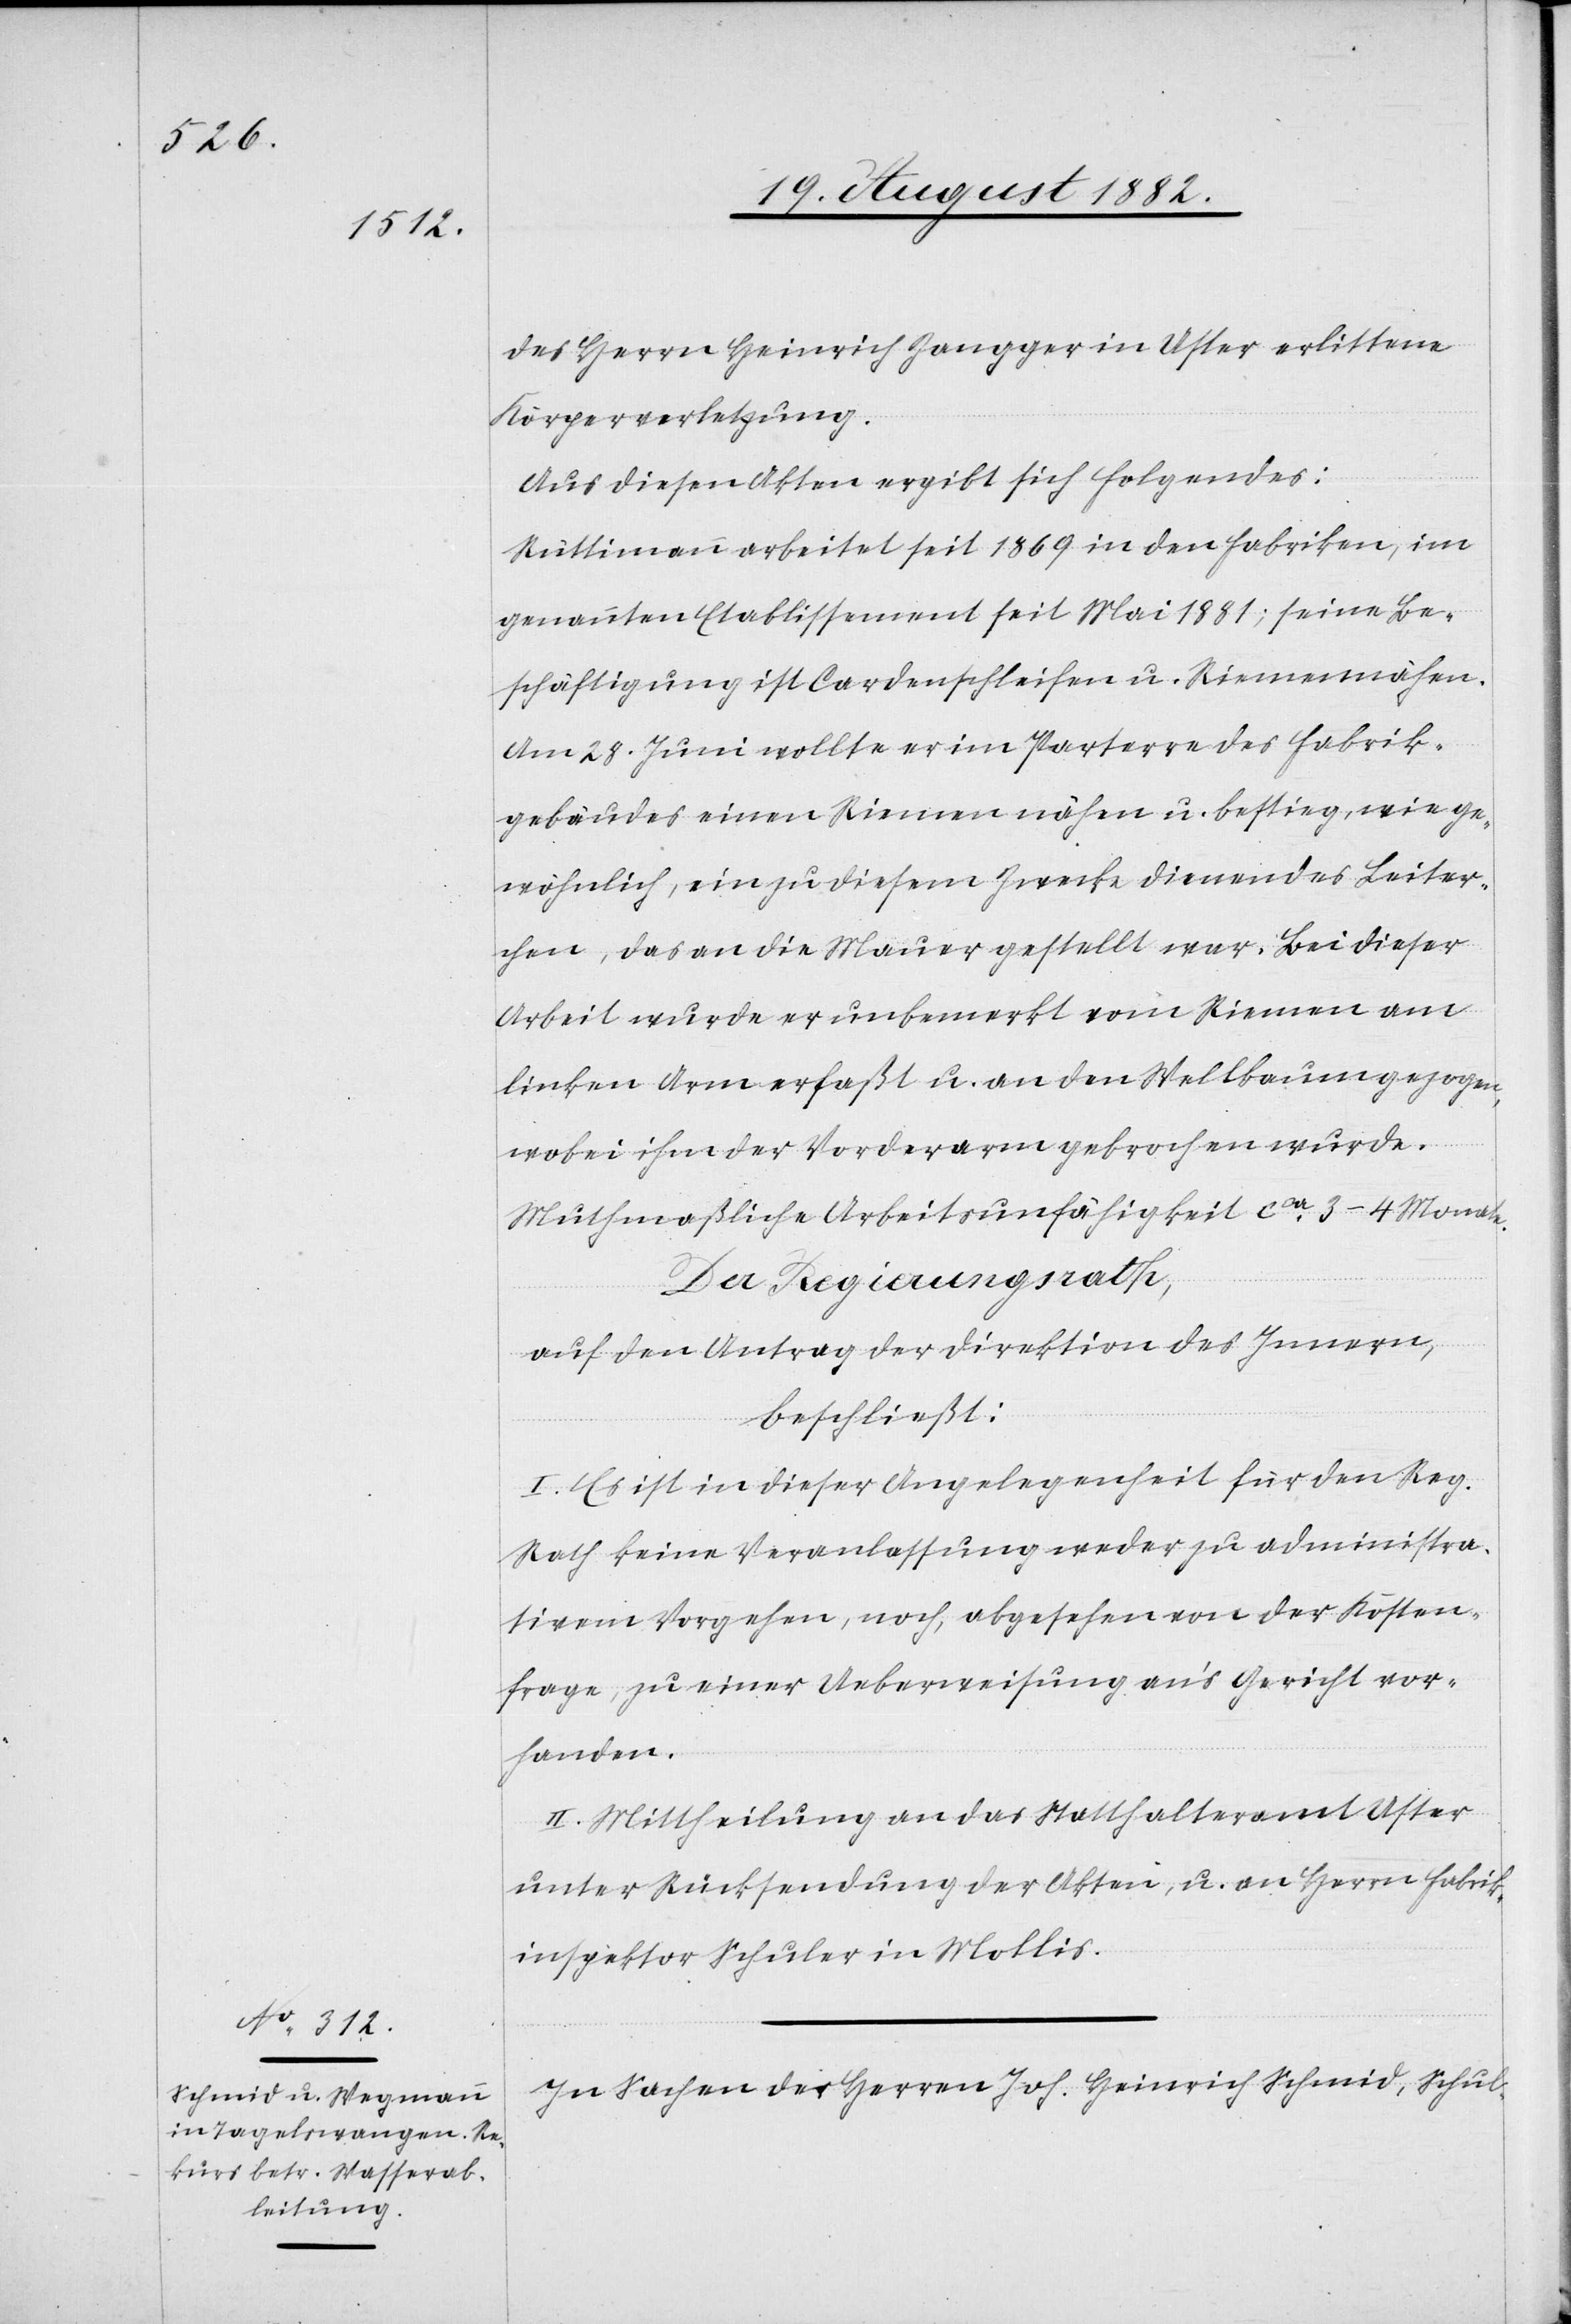
des Herrn Heinrich Zangger in Uster erlittene
Körperverletzung.
Aus diesen Akten ergibt sich folgendes:
Rüttimann arbeitet seit 1869 in den Fabriken, im
genannten Etablissement seit Mai 1881; seine Be¬
schäftigung ist Cardenschleifen u. Riemennähen.
Am 28. Juni wollte er im Parterre des Fabrik¬
gebäudes einen Riemen nähen u. bestieg, wie ge¬
wöhnlich, ein zu diesem Zweck dienendes Leiter¬
chen, das an die Mauer gestellt war. Bei dieser
Arbeit wurde er unbemerkt vom Riemen am
linken Arm erfaßt u. an den Wellbaum gezogen,
wobei ihm der Vorderarm gebrochen wurde.
Muthmaßliche Arbeitsunfähigkeit ca 3–4 Monate.
Der Regierungsrath,
auf den Antrag der Direktion des Innern,
beschließt:
I. Es ist in dieser Angelegenheit für den Reg.
Rath keine Veranlassung weder zu administra¬
tivem Vorgehen, noch, abgesehen von der Kosten¬
frage, zu einer Ueberweisung an’s Gericht vor¬
handen.
II. Mittheilung an das Statthalteramt Uster
unter Rücksendung der Akten, u. an Herrn Fabrik¬
inspektor Schuler in Mollis.
In Sachen der Herren Joh. Heinrich Schmid, Schul-